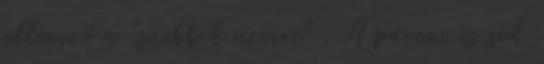
jellemző a "szebbik nemre" . A párom is sok